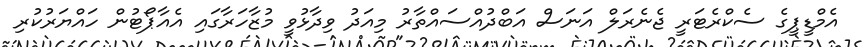
އެމްޑީޕީގެ ސެކްރެޓަރީ ޖެނެރަލް އަނަސް އަބްދުއްސައްތާރު މިއަދު ވިދާޅުވީ މުޒާހަރާގައި އެއާޕޯޓުން ހައްޔަރުކުރި